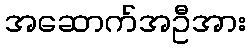
အဆောက်အဦအား